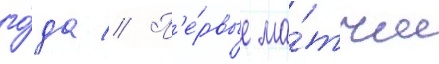
го́да // П'е́рвые ма́тчи